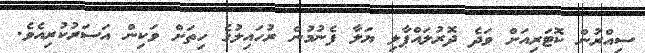
ސިއްރުން ކޮޓަރިއަށް ވަދެ ދޮރުލައްޕާލި ޔަލާ ފެނުމުން ރުހައިލުގެ ހިތަށް ވަކިން އަސަރުކުރިއެވެ.